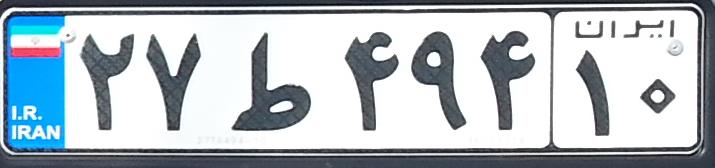
۲۷ط۴۹۴۱۰